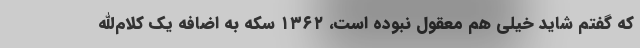
که گفتم شاید خیلی هم معقول نبوده است، ۱۳۶۲ سکه به اضافه یک کلام‌الله